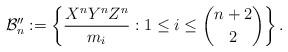
LaTeX: \begin{align*}\mathcal{B}''_n := \left\lbrace \dfrac{X^nY^nZ^n}{m_i} : 1 \le i \le {n+2 \choose 2} \right\rbrace.\end{align*}